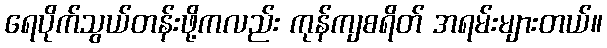
ရေပိုက်သွယ်တန်းဖို့ကလည်း ကုန်ကျစရိတ် အရမ်းများတယ်။